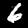
Digit: 6